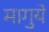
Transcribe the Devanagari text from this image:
मागुये